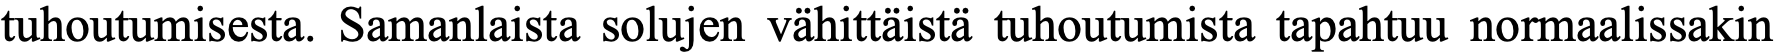
tuhoutumisesta. Samanlaista solujen vähittäistä tuhoutumista tapahtuu normaalissakin